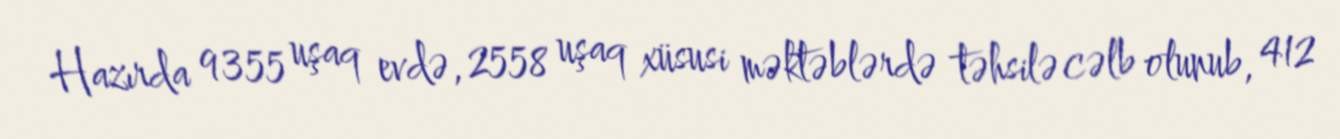
Hazırda 9355 uşaq evdə, 2558 uşaq xüsusi məktəblərdə təhsilə cəlb olunub, 412